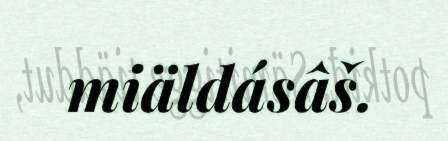
miäldásâš.